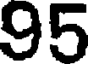
95